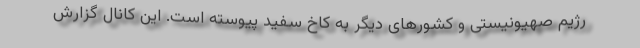
رژیم صهیونیستی و کشورهای دیگر به کاخ سفید پیوسته است. این کانال گزارش